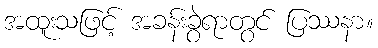
အထူးသဖြင့် အခန်းခွဲရာတွင် ပြဿနာ။